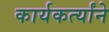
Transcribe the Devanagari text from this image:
कार्यकर्त्यांने